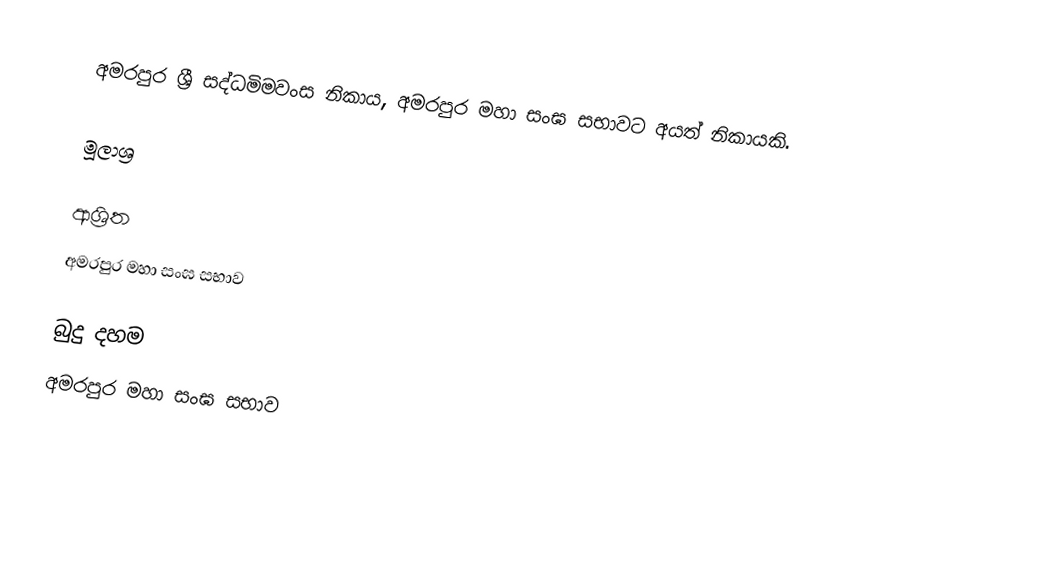
අමරපුර ශ්‍රී සද්ධමිමවංස නිකාය, අමරපුර මහා සංඝ සභාවට අයත් නිකායකි.

මූලාශ්‍ර

ආශ්‍රිත
 අමරපුර මහා සංඝ සභාව

බුදු දහම
අමරපුර මහා සංඝ සභාව